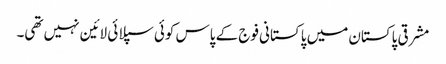
مشرقی پاکستان میں پاکستانی فوج کے پاس کوئی سپلائی لائین نہیں تھی۔